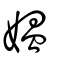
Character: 媪